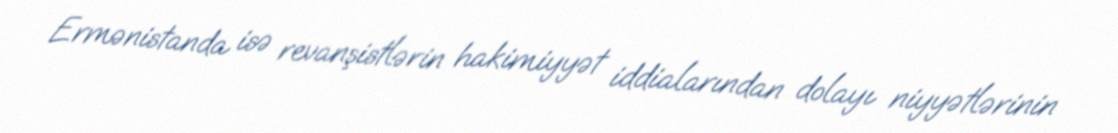
Ermənistanda isə revanşistlərin hakimiyyət iddialarından dolayı niyyətlərinin